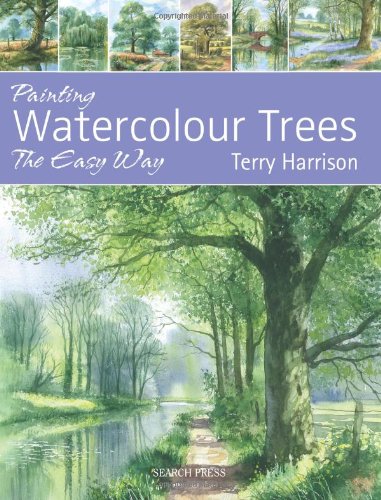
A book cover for Painting Watercolour Trees the Easy Way; Terry Harrison; Arts & Photography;